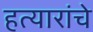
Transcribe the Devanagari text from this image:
हत्यारांचे